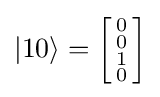
|10\rangle ={\biggl [}{\begin{smallmatrix}0\\0\\1\\0\end{smallmatrix}}{\biggr ]}